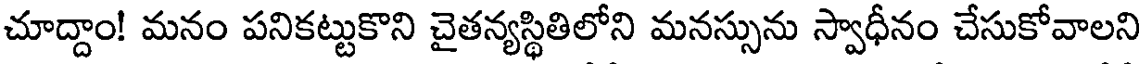
చూద్దాం! మనం పనికట్టుకొని చైతన్యస్థితిలోని మనస్సును స్వాధీనం చేసుకోవాలని